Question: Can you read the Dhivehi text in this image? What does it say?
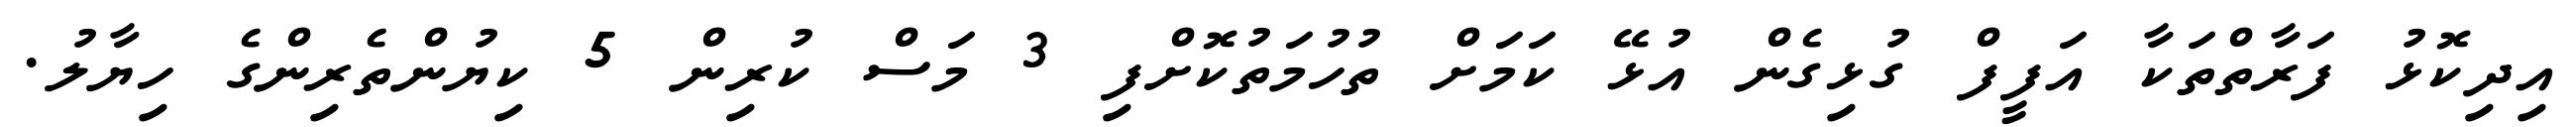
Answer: އިދިކޮޅު ފަރާތްތަކާ އަފީފް ގުޅިގެން އުޅޭ ކަމަށް ތުހުމަތުކޮށްފި 3 މަސް ކުރިން 5 ކިޔުންތެރިންގެ ހިޔާލު.